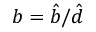
b = \hat { b } / \hat { d }